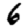
Digit: 6